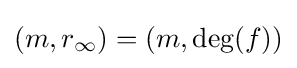
(m,r_{\infty })=(m,\deg(f))